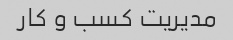
مدیریت کسب و کار